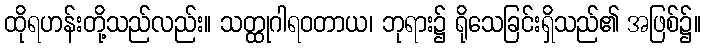
ထိုရဟန်းတို့သည်လည်း။ သတ္ထုဂါရဝတာယ၊ ဘုရား၌ ရိုသေခြင်းရှိသည်၏ အဖြစ်၌။